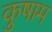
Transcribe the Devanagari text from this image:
कुषाम